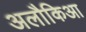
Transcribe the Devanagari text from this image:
अलौकिआ